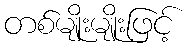
တစ်မျိုးမျိုးဖြင့်